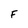
Character: F